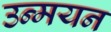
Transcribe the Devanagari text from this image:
उन्मयन